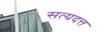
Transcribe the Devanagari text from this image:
सत्यदत्त